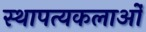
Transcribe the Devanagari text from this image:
स्थापत्यकलाओं